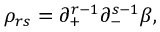
\rho _ { r s } = \partial _ { + } ^ { r - 1 } \partial _ { - } ^ { s - 1 } \beta ,